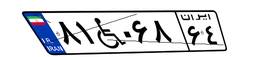
۵۲W۶۵۷۵۵